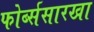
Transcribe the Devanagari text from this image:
फोर्ब्ससारखा